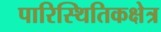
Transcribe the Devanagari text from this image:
पारिस्थितिकक्षेत्र